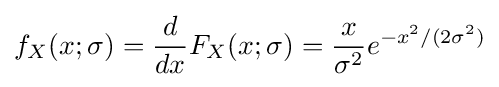
f_{X}(x;\sigma )={\frac {d}{dx}}F_{X}(x;\sigma )={\frac {x}{\sigma ^{2}}}e^{-x^{2}/(2\sigma ^{2})}